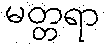
မတ္တရာ